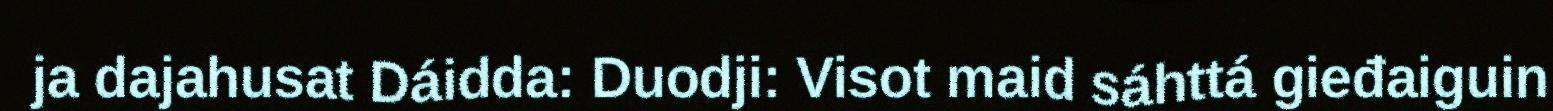
ja dajahusat Dáidda: Duodji: Visot maid sáhttá gieđaiguin